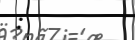
: